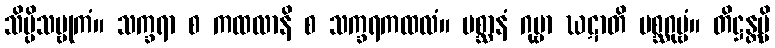
သိပ္ပိသမ္ဗုကံ။ သက္ခရာ စ ကထလာနိ စ သက္ခရကထလံ။ မစ္ဆာနံ ဂုမ္ဗာ ဃဋာတိ မစ္ဆဂုမ္ဗံ။ တိဋ္ဌန္တမ္ပိ